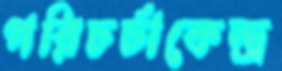
পরিচর্চাকেন্দ্র